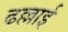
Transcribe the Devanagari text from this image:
ढल्लाई